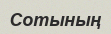
Сотының